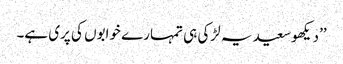
’’دیکھو سعید یہ لڑکی ہی تمہارے خوابوں کی پری ہے۔